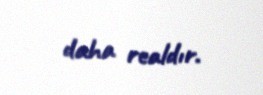
daha realdır.